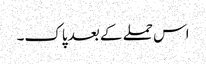
اس حملے کے بعد پاک۔